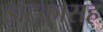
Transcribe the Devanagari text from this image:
झटकासह